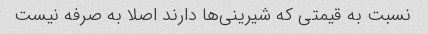
نسبت به قیمتی که شیرینی‌ها دارند اصلا به صرفه نیست